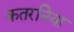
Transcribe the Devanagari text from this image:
कतरनिया